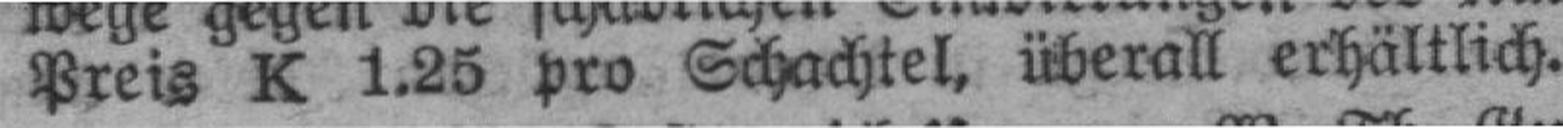
Preis K 1.25 pro Schachtel, überall erhältlich.